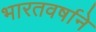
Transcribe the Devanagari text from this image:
भारतवर्षाने